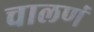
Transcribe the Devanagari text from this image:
चालणं